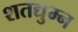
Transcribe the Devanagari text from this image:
शतद्युम्न